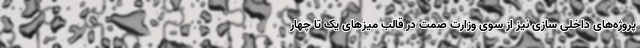
پروژه‌های داخلی سازی نیز از سوی وزارت صمت در قالب میزهای یک تا چهار